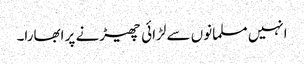
انہیں مسلمانوں سے لڑائی چھیڑنے پر ابھارا۔